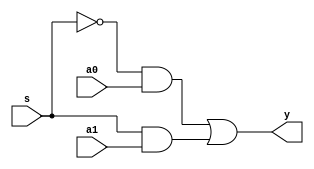
`timescale 1ns / 1ps
//////////////////////////////////////////////////////////////////////////////////
// Company: 
// Engineer: 
// 
// Design Name: 
// Module Name: ALU
// Project Name: 
// Target Devices: 
// Tool Versions: 
// Description: 
// 
// Dependencies: 
// 
// Revision:
// Revision 0.01 - File Created
// Additional Comments:
// 
//////////////////////////////////////////////////////////////////////////////////

module MUX2X1(a0,a1,s,y);
    input a0,a1,s;
    output y;
    not n1(s_n,s);
    and and1(and_1,s_n,a0);
    and and2(and_2,s,a1);
    or or1(y,and_1,and_2);
endmodule

module MUX2X32(a0,a1,s,y);
    input [31:0]a0,a1;
    input s;
    output [31:0]y;
    MUX2X1 g0(a0[0],a1[0],s,y[0]);
    MUX2X1 g1(a0[1],a1[1],s,y[1]);
    MUX2X1 g2(a0[2],a1[2],s,y[2]);
    MUX2X1 g3(a0[3],a1[3],s,y[3]);
    MUX2X1 g4(a0[4],a1[4],s,y[4]);
    MUX2X1 g5(a0[5],a1[5],s,y[5]);
    MUX2X1 g6(a0[6],a1[6],s,y[6]);
    MUX2X1 g7(a0[7],a1[7],s,y[7]);
    MUX2X1 g8(a0[8],a1[8],s,y[8]);
    MUX2X1 g9(a0[9],a1[9],s,y[9]);
    MUX2X1 g10(a0[10],a1[10],s,y[10]);
    MUX2X1 g11(a0[11],a1[11],s,y[11]);
    MUX2X1 g12(a0[12],a1[12],s,y[12]);
    MUX2X1 g13(a0[13],a1[13],s,y[13]);
    MUX2X1 g14(a0[14],a1[14],s,y[14]);
    MUX2X1 g15(a0[15],a1[15],s,y[15]);
    MUX2X1 g16(a0[16],a1[16],s,y[16]);
    MUX2X1 g17(a0[17],a1[17],s,y[17]);
    MUX2X1 g18(a0[18],a1[18],s,y[18]);
    MUX2X1 g19(a0[19],a1[19],s,y[19]);
    MUX2X1 g20(a0[20],a1[20],s,y[20]);
    MUX2X1 g21(a0[21],a1[21],s,y[21]);
    MUX2X1 g22(a0[22],a1[22],s,y[22]);
    MUX2X1 g23(a0[23],a1[23],s,y[23]);
    MUX2X1 g24(a0[24],a1[24],s,y[24]);
    MUX2X1 g25(a0[25],a1[25],s,y[25]);
    MUX2X1 g26(a0[26],a1[26],s,y[26]);
    MUX2X1 g27(a0[27],a1[27],s,y[27]);
    MUX2X1 g28(a0[28],a1[28],s,y[28]);
    MUX2X1 g29(a0[29],a1[29],s,y[29]);
    MUX2X1 g30(a0[30],a1[30],s,y[30]);
    MUX2X1 g31(a0[31],a1[31],s,y[31]);
endmodule

module CLA_4(x,y,cin,s,cout);
    input [3:0]x,y;
    input cin;
    output [3:0]s;
    output cout;
    wire [3:0]p,g,ng,couts;
    and a0(g[0],x[0],y[0]);
    or o0(p[0],x[0],y[0]);
    and a1(g[1],x[1],y[1]);
    or o1(p[1],x[1],y[1]);
    and a2(g[2],x[2],y[2]);
    or o2(p[2],x[2],y[2]);
    and a3(g[3],x[3],y[3]);
    or o3(p[3],x[3],y[3]);
    not n0 (ng[0],g[0]);
    not n1 (ng[1],g[1]);
    not n2 (ng[2],g[2]);
    not n3 (ng[3],g[3]);
    //cout0
    and cout00 (t01,p[0],cin);
    or cout01 (couts[0],g[0],t01);
    //cout1
    and cout10 (t11,p[1],g[0]);
    and cout11 (t12,p[1],p[0],cin);
    or cout12 (couts[1],g[1],t11,t12);
    //cout2
    and cout20 (t21,p[2],g[1]);
    and cout21 (t22,p[2],p[1],g[0]);
    and cout22 (t23,p[2],p[1],p[0],cin);
    or cout23 (couts[2],g[2],t21,t22,t23);
    //cout3
    and cout30(t31,p[3],g[2]);
    and cout31(t32,p[3],p[2],g[1]);
    and cout32(t33,p[3],p[2],p[1],g[0]);
    and cout33(t34,p[3],p[2],p[1],p[0],cin);
    or cout34(couts[3],g[3],t31,t32,t33,t34);
    //sum
    and sum31(t3,p[3],ng[3]);xor sum32(s[3],t3,couts[2]);
    and sum21(t2,p[2],ng[2]);xor sum22(s[2],t2,couts[1]);
    and sum11(t1,p[1],ng[1]);xor sum12(s[1],t1,couts[0]);
    and sum01(t0,p[0],ng[0]);xor sum02(s[0],t0,cin);
    assign cout = couts[3];
endmodule

module CLA_32(X,Y,Cin,S,Cout);
    input [31:0] X,Y;
    input Cin;
    output [31:0]S;
    output Cout;
    wire Cout0,Cout1,Cout2,Cout3,Cout4,Cout5,Cout6;
    CLA_4 add0 (X[3:0],Y[3:0],Cin,S[3:0],Cout0);
    CLA_4 add1 (X[7:4],Y[7:4],Cout0,S[7:4],Cout1);
    CLA_4 add2 (X[11:8],Y[11:8],Cout1,S[11:8],Cout2);
    CLA_4 add3 (X[15:12],Y[15:12],Cout2,S[15:12],Cout3);
    CLA_4 add4 (X[19:16],Y[19:16],Cout3,S[19:16],Cout4);
    CLA_4 add5 (X[23:20],Y[23:20],Cout4,S[23:20],Cout5);
    CLA_4 add6 (X[27:24],Y[27:24],Cout5,S[27:24],Cout6);
    CLA_4 add7 (X[31:28],Y[31:28],Cout6,S[31:28],Cout);
endmodule

module ADDSUB_32(X,Y,Sub,S,Cout);
    input [31:0]X,Y;
    input Sub;
    output [31:0]S;
    output Cout;
    CLA_32 adder0(X,Y^{32{Sub}},Sub,S,Cout);
endmodule

module AND32(X,Y,S);
    input[31:0] X,Y;
    output [31:0]S;
    and a0 (S[0],X[0],Y[0]);
    and a1 (S[1],X[1],Y[1]);
    and a2 (S[2],X[2],Y[2]);
    and a3 (S[3],X[3],Y[3]);
    and a4 (S[4],X[4],Y[4]);
    and a5 (S[5],X[5],Y[5]);
    and a6 (S[6],X[6],Y[6]);
    and a7 (S[7],X[7],Y[7]);
    and a8 (S[8],X[8],Y[8]);
    and a9 (S[9],X[9],Y[9]);
    and a10 (S[10],X[10],Y[10]);
    and a11 (S[11],X[11],Y[11]);
    and a12 (S[12],X[12],Y[12]);
    and a13 (S[13],X[13],Y[13]);
    and a14 (S[14],X[14],Y[14]);
    and a15 (S[15],X[15],Y[15]);
    and a16 (S[16],X[16],Y[16]);
    and a17 (S[17],X[17],Y[17]);
    and a18 (S[18],X[18],Y[18]);
    and a19 (S[19],X[19],Y[19]);
    and a20 (S[20],X[20],Y[20]);
    and a21 (S[21],X[21],Y[21]);
    and a22 (S[22],X[22],Y[22]);
    and a23 (S[23],X[23],Y[23]);
    and a24 (S[24],X[24],Y[24]);
    and a25 (S[25],X[25],Y[25]);
    and a26 (S[26],X[26],Y[26]);
    and a27 (S[27],X[27],Y[27]);
    and a28 (S[28],X[28],Y[28]);
    and a29 (S[29],X[29],Y[29]);
    and a30 (S[30],X[30],Y[30]);
    and a31 (S[31],X[31],Y[31]);
endmodule

module OR32(X,Y,S);
    input [31:0]X,Y;
    output [31:0]S;
    or o0 (S[0],X[0],Y[0]);
    or o1 (S[1],X[1],Y[1]);
    or o2 (S[2],X[2],Y[2]);
    or o3 (S[3],X[3],Y[3]);
    or o4 (S[4],X[4],Y[4]);
    or o5 (S[5],X[5],Y[5]);
    or o6 (S[6],X[6],Y[6]);
    or o7 (S[7],X[7],Y[7]);
    or o8 (S[8],X[8],Y[8]);
    or o9 (S[9],X[9],Y[9]);
    or o10 (S[10],X[10],Y[10]);
    or o11 (S[11],X[11],Y[11]);
    or o12 (S[12],X[12],Y[12]);
    or o13 (S[13],X[13],Y[13]);
    or o14 (S[14],X[14],Y[14]);
    or o15 (S[15],X[15],Y[15]);
    or o16 (S[16],X[16],Y[16]);
    or o17 (S[17],X[17],Y[17]);
    or o18 (S[18],X[18],Y[18]);
    or o19 (S[19],X[19],Y[19]);
    or o20 (S[20],X[20],Y[20]);
    or o21 (S[21],X[21],Y[21]);
    or o22 (S[22],X[22],Y[22]);
    or o23 (S[23],X[23],Y[23]);
    or o24 (S[24],X[24],Y[24]);
    or o25 (S[25],X[25],Y[25]);
    or o26 (S[26],X[26],Y[26]);
    or o27 (S[27],X[27],Y[27]);
    or o28 (S[28],X[28],Y[28]);
    or o29 (S[29],X[29],Y[29]);
    or o30 (S[30],X[30],Y[30]);
    or o31 (S[31],X[31],Y[31]);
endmodule

module NOT32(X,S);
    input [31:0]X;
    output [31:0]S;
    not n0 (S[0],X[0]);
    not n1 (S[1],X[1]);
    not n2 (S[2],X[2]);
    not n3 (S[3],X[3]);
    not n4 (S[4],X[4]);
    not n5 (S[5],X[5]);
    not n6 (S[6],X[6]);
    not n7 (S[7],X[7]);
    not n8 (S[8],X[8]);
    not n9 (S[9],X[9]);
    not n10 (S[10],X[10]);
    not n11 (S[11],X[11]);
    not n12 (S[12],X[12]);
    not n13 (S[13],X[13]);
    not n14 (S[14],X[14]);
    not n15 (S[15],X[15]);
    not n16 (S[16],X[16]);
    not n17 (S[17],X[17]);
    not n18 (S[18],X[18]);
    not n19 (S[19],X[19]);
    not n20 (S[20],X[20]);
    not n21 (S[21],X[21]);
    not n22 (S[22],X[22]);
    not n23 (S[23],X[23]);
    not n24 (S[24],X[24]);
    not n25 (S[25],X[25]);
    not n26 (S[26],X[26]);
    not n27 (S[27],X[27]);
    not n28 (S[28],X[28]);
    not n29 (S[29],X[29]);
    not n30 (S[30],X[30]);
    not n31 (S[31],X[31]);
endmodule

module isZero(X,Z);
    input[31:0]X;
    output Z;
    and a1(Z_n,X[0],X[1],X[2],X[3],X[4],X[5],X[6],X[7],X[8],X[9],X[10],X[11],X[12],X[13],X[14],X[15],X[16],X[17],X[18],X[19],X[20],X[21],X[22],X[23],X[24],X[25],X[26],X[27],X[28],X[29],X[30],X[31]);   
    not n1(Z,Z_n);
endmodule

module ALU(X,Y,Aluc,R,Z);
    input [31:0]X,Y;
    input [1:0] Aluc;
    output [31:0]R;
    output Z;
    wire [31:0]d_as,d_and,d_or,d_and_or;
    ADDSUB_32 as32(X,Y,Aluc[0],d_as);
    AND32 a32(X,Y,d_and);
    OR32 o32(X,Y,d_or);
    MUX2X32 select1(d_and,d_or,Aluc[0],d_and_or);
    MUX2X32 select2(d_as,d_and_or,Aluc[1],R);
    isZero i1(R,Z);
endmodule